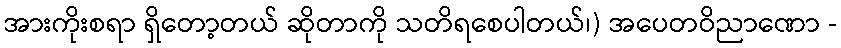
အားကိုးစရာ ရှိတော့တယ် ဆိုတာကို သတိရစေပါတယ်၊) အပေတဝိညာဏော -